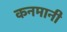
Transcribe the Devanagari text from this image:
कनमानी